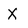
Character: X